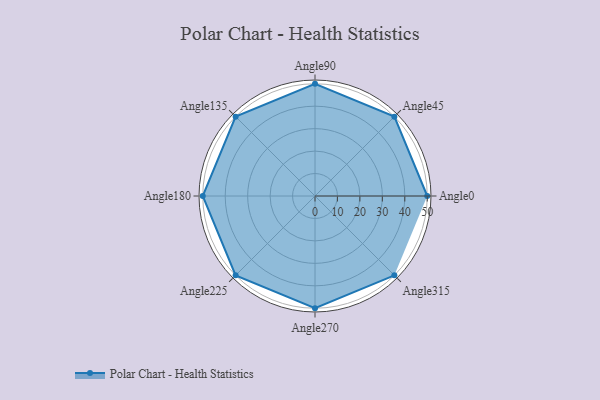
{"axis": {"x": "Angle", "y": "Radius"}, "legend": [""], "data": [{"x": "Angle0", "y": 50.0, "type": ""}, {"x": "Angle45", "y": 50, "type": ""}, {"x": "Angle90", "y": 50, "type": ""}, {"x": "Angle135", "y": 50, "type": ""}, {"x": "Angle180", "y": 50, "type": ""}, {"x": "Angle225", "y": 50, "type": ""}, {"x": "Angle270", "y": 50, "type": ""}, {"x": "Angle315", "y": 50, "type": ""}]}